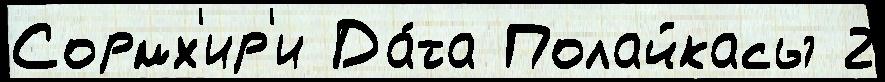
Сормх'ир'и Да́та Полайкасы 2